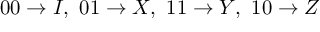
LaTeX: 0 0 \to I , \, \, 0 1 \to X , \, \, 1 1 \to Y , \, \, 1 0 \to Z